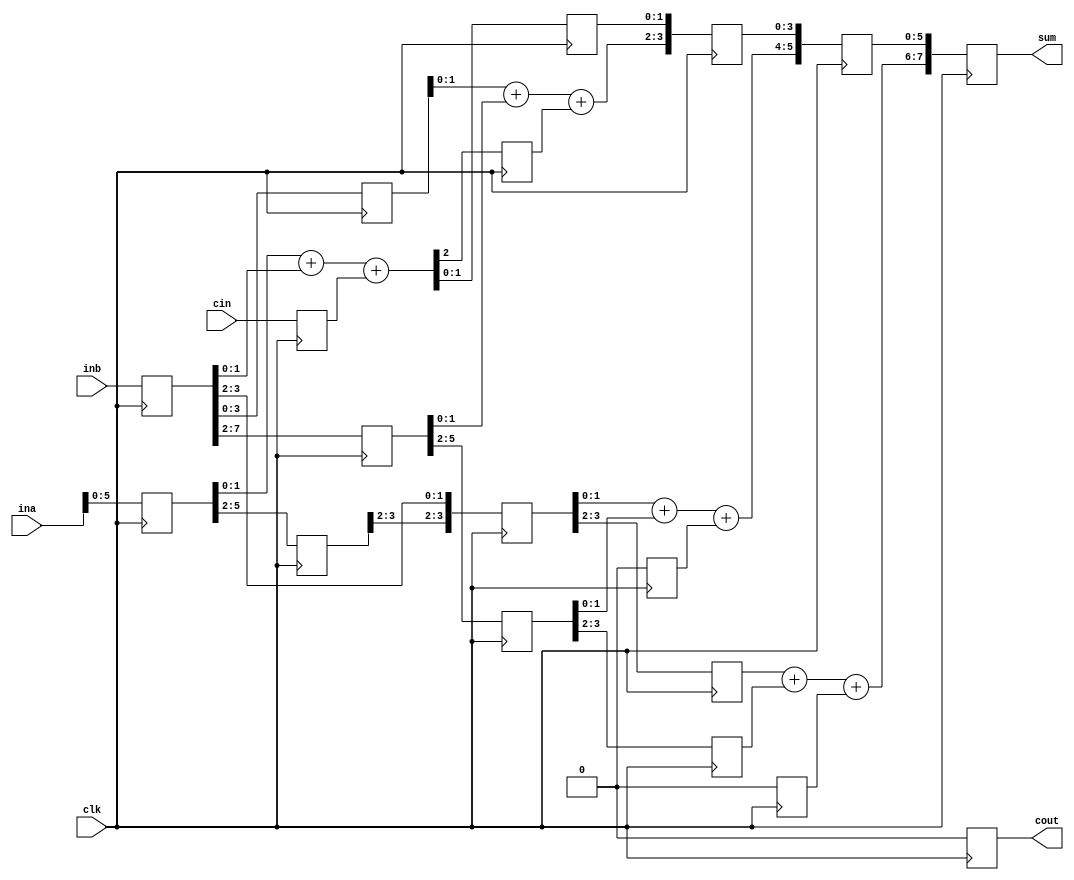
/*
The following drivers conflict:
line 26
line 34
*/
module pipeline(cout,sum,ina,inb,cin,clk);
output[7:0] sum;
output cout;
input[7:0] ina,inb;
input cin,clk;
reg[7:0] tempa,tempb,sum;
reg tempci,firstco,secondco,thirdco,cout;
reg[1:0] firsts,thirda,thirdb;
reg[3:0] seconda,secondb,seconds;
reg[5:0] firsta,firstb,thirds;
integer i;
always @(posedge clk)
begin
tempa=ina; tempb=inb; tempci=cin; //
end
always @(posedge clk)
begin
{firstco,firsts}=tempa[1:0]+tempb[1:0]+tempci;
//2 
for (i=2; i<8; i=i+1)
firsta[i]=tempa[i]; //
firstb=tempb[7:2];
end
always @(posedge clk)
begin
{secondco,seconds}={firsta[1:0]+firstb[1:0]+firstco,firsts};
//23 
for (i=0; i<4; i=i+1)
firsta[i]= tempb[i];
seconda=firsta[5:2]; //
secondb=firstb[5:2];
end
always @(posedge clk)
begin
{thirdco,thirds}={seconda[1:0]+secondb[1:0]+secondco,seconds};
//45 
thirda=seconda[3:2]; //
thirdb=secondb[3:2];
end
always @(posedge clk)
begin
{cout,sum}={thirda[1:0]+thirdb[1:0]+thirdco,thirds};
//
end
endmodule